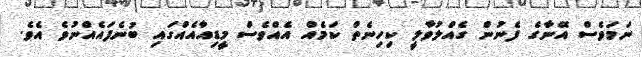
ނަމަވެސް އޭނާގެ ފެނުން ގެއްލުވާލީ ކިހިނެތް ކަމެއް އެއްވެސް މީޑިއާއެއްގައި ބުނެފައެއްނުވެ އެވެ.